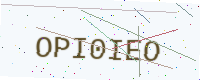
Text: OPI0IEO